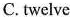
C.twelve